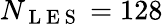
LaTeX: N_{\mathrm{~L~E~S~}}=128